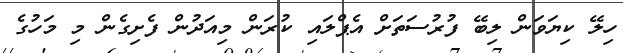
ހިލޭ ކިޔަވަން ލިބޭ ފުރުސަތަށް އެޕްލައި ކުރަން މިއަދުން ފެށިގެން މި މަހުގެ